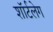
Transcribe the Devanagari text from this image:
शॉर्टलेग